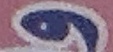
و